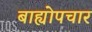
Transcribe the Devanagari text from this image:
बाह्योपचार